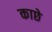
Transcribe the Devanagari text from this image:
काछे